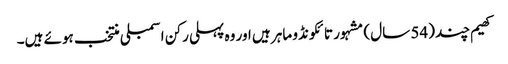
کھیم چند (54 سال) مشہور تائکونڈو ماہر ہیں اور وہ پہلی رکن اسمبلی منتخب ہوئے ہیں۔